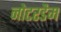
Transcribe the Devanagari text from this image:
नोटरडैम